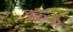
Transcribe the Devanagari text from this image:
लिटरजी